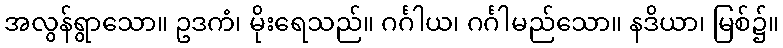
အလွန်ရွာသော။ ဥဒကံ၊ မိုးရေသည်။ ဂင်္ဂါယ၊ ဂင်္ဂါမည်သော။ နဒိယာ၊ မြစ်၌။